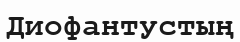
Диофантустың